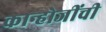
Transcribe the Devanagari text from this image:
कान्होजींची